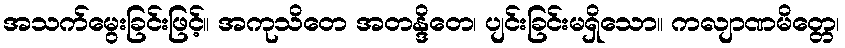
အသက်မွေးခြင်းဖြင့်။ အကုသိတေ အတန္ဒိတေ၊ ပျင်းခြင်းမရှိသော။ ကလျာဏမိတ္တေ၊